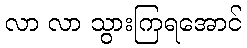
လာ လာ သွားကြရအောင်